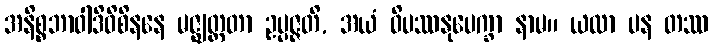
အနိစ္စဘာဝါဒိဝိစိနနေ မဇ္ဈတ္တတာ ဥပ္ပဇ္ဇတိ, အယံ ဝိပဿနုပေက္ခာ နာမ။ ယထာ ပန တဿ